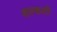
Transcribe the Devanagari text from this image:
शल्कली